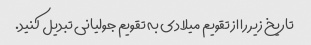
تاریخ زیر را از تقویم میلادی به تقویم جولیانی تبدیل کنید.